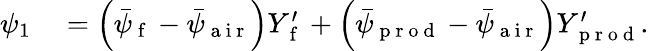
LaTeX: \begin{array}{rl}{\psi_{1}}&{{}=\left(\bar{\psi}_{\mathrm{~f~}}-\bar{\psi}_{\mathrm{~a~i~r~}}\right)Y_{\mathrm{~f~}}^{\prime}+\left(\bar{\psi}_{\mathrm{~p~r~o~d~}}-\bar{\psi}_{\mathrm{~a~i~r~}}\right)Y_{\mathrm{~p~r~o~d~}}^{\prime}.}\end{array}